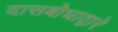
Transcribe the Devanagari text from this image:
दासबोधाद्वारे